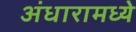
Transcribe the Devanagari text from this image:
अंधारामध्ये